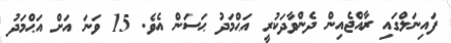
ފައިނަލްގައި ރާއްޖެއިން ދެންވާދަކުރީ އަޙްމަދު ޙަސަން އެވެ. 15 ވަނަ އަށް އަޙްމަދު